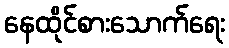
နေထိုင်စားသောက်ရေး